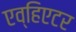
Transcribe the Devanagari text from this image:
एव्हिएटर